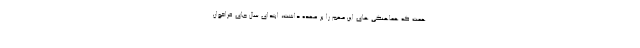
همت که هماهنگی های این مهم را بر عهده داشت، ابتدای سال جای فراخوان